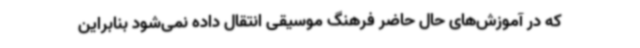
که در آموزش‌های حال حاضر فرهنگ موسیقی انتقال داده نمی‌شود بنابراین